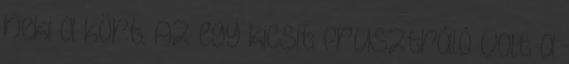
neki a kört. Az egy kicsit frusztráló volt a